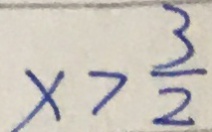
x > \frac { 3 } { 2 }